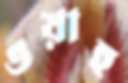
ওয়াহ